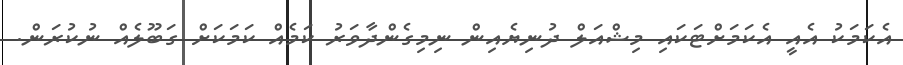
އެކަމަކު އެއީ އެކަމަށްޓަކައި މިޝްއަލް ދުނިޔެއިން ނިމިގެންދާވަރު ކަމެއް ކަމަކަށް ގަބޫލެއް ނުކުރަން.